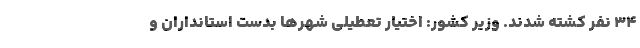
۳۴ نفر کشته شدند. وزير کشور: اختيار تعطيلی شهرها بدست استانداران و